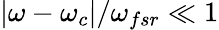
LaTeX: |\omega-\omega_{c}|/\omega_{fsr}\ll 1